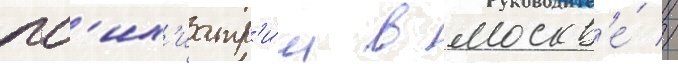
пс'их'иатр'и́и в москв'е́ //